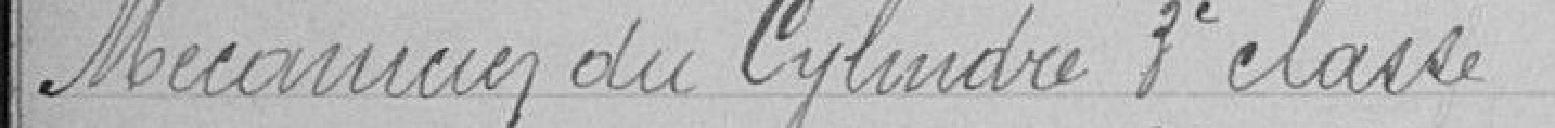
Mécanicien du Cylindre troisième classe